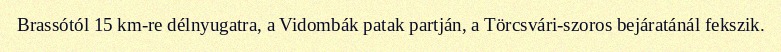
Brassótól 15 km-re délnyugatra, a Vidombák patak partján, a Törcsvári-szoros bejáratánál fekszik.